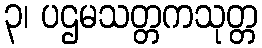
၃၊ ပဌမသတ္တကသုတ္တ